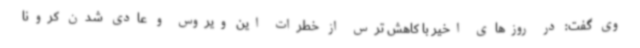
وی گفت: در روزهای اخیر با کاهش ترس از خطرات این ویروس و عادی شدن کرونا